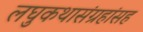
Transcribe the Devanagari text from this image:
लघुकथासंग्रहांसह